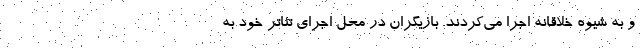
و به شیوه خلاقانه اجرا می‌کردند. بازیگران در محل اجرای تئاتر خود به